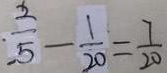
\frac { 2 } { 5 } - \frac { 1 } { 2 0 } = \frac { 7 } { 2 0 }